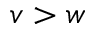
v > w